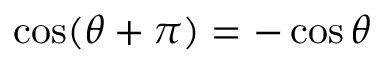
\cos ( \theta + \pi ) = - \cos \theta